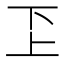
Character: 𠀝